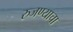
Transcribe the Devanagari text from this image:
रुजण्याचा